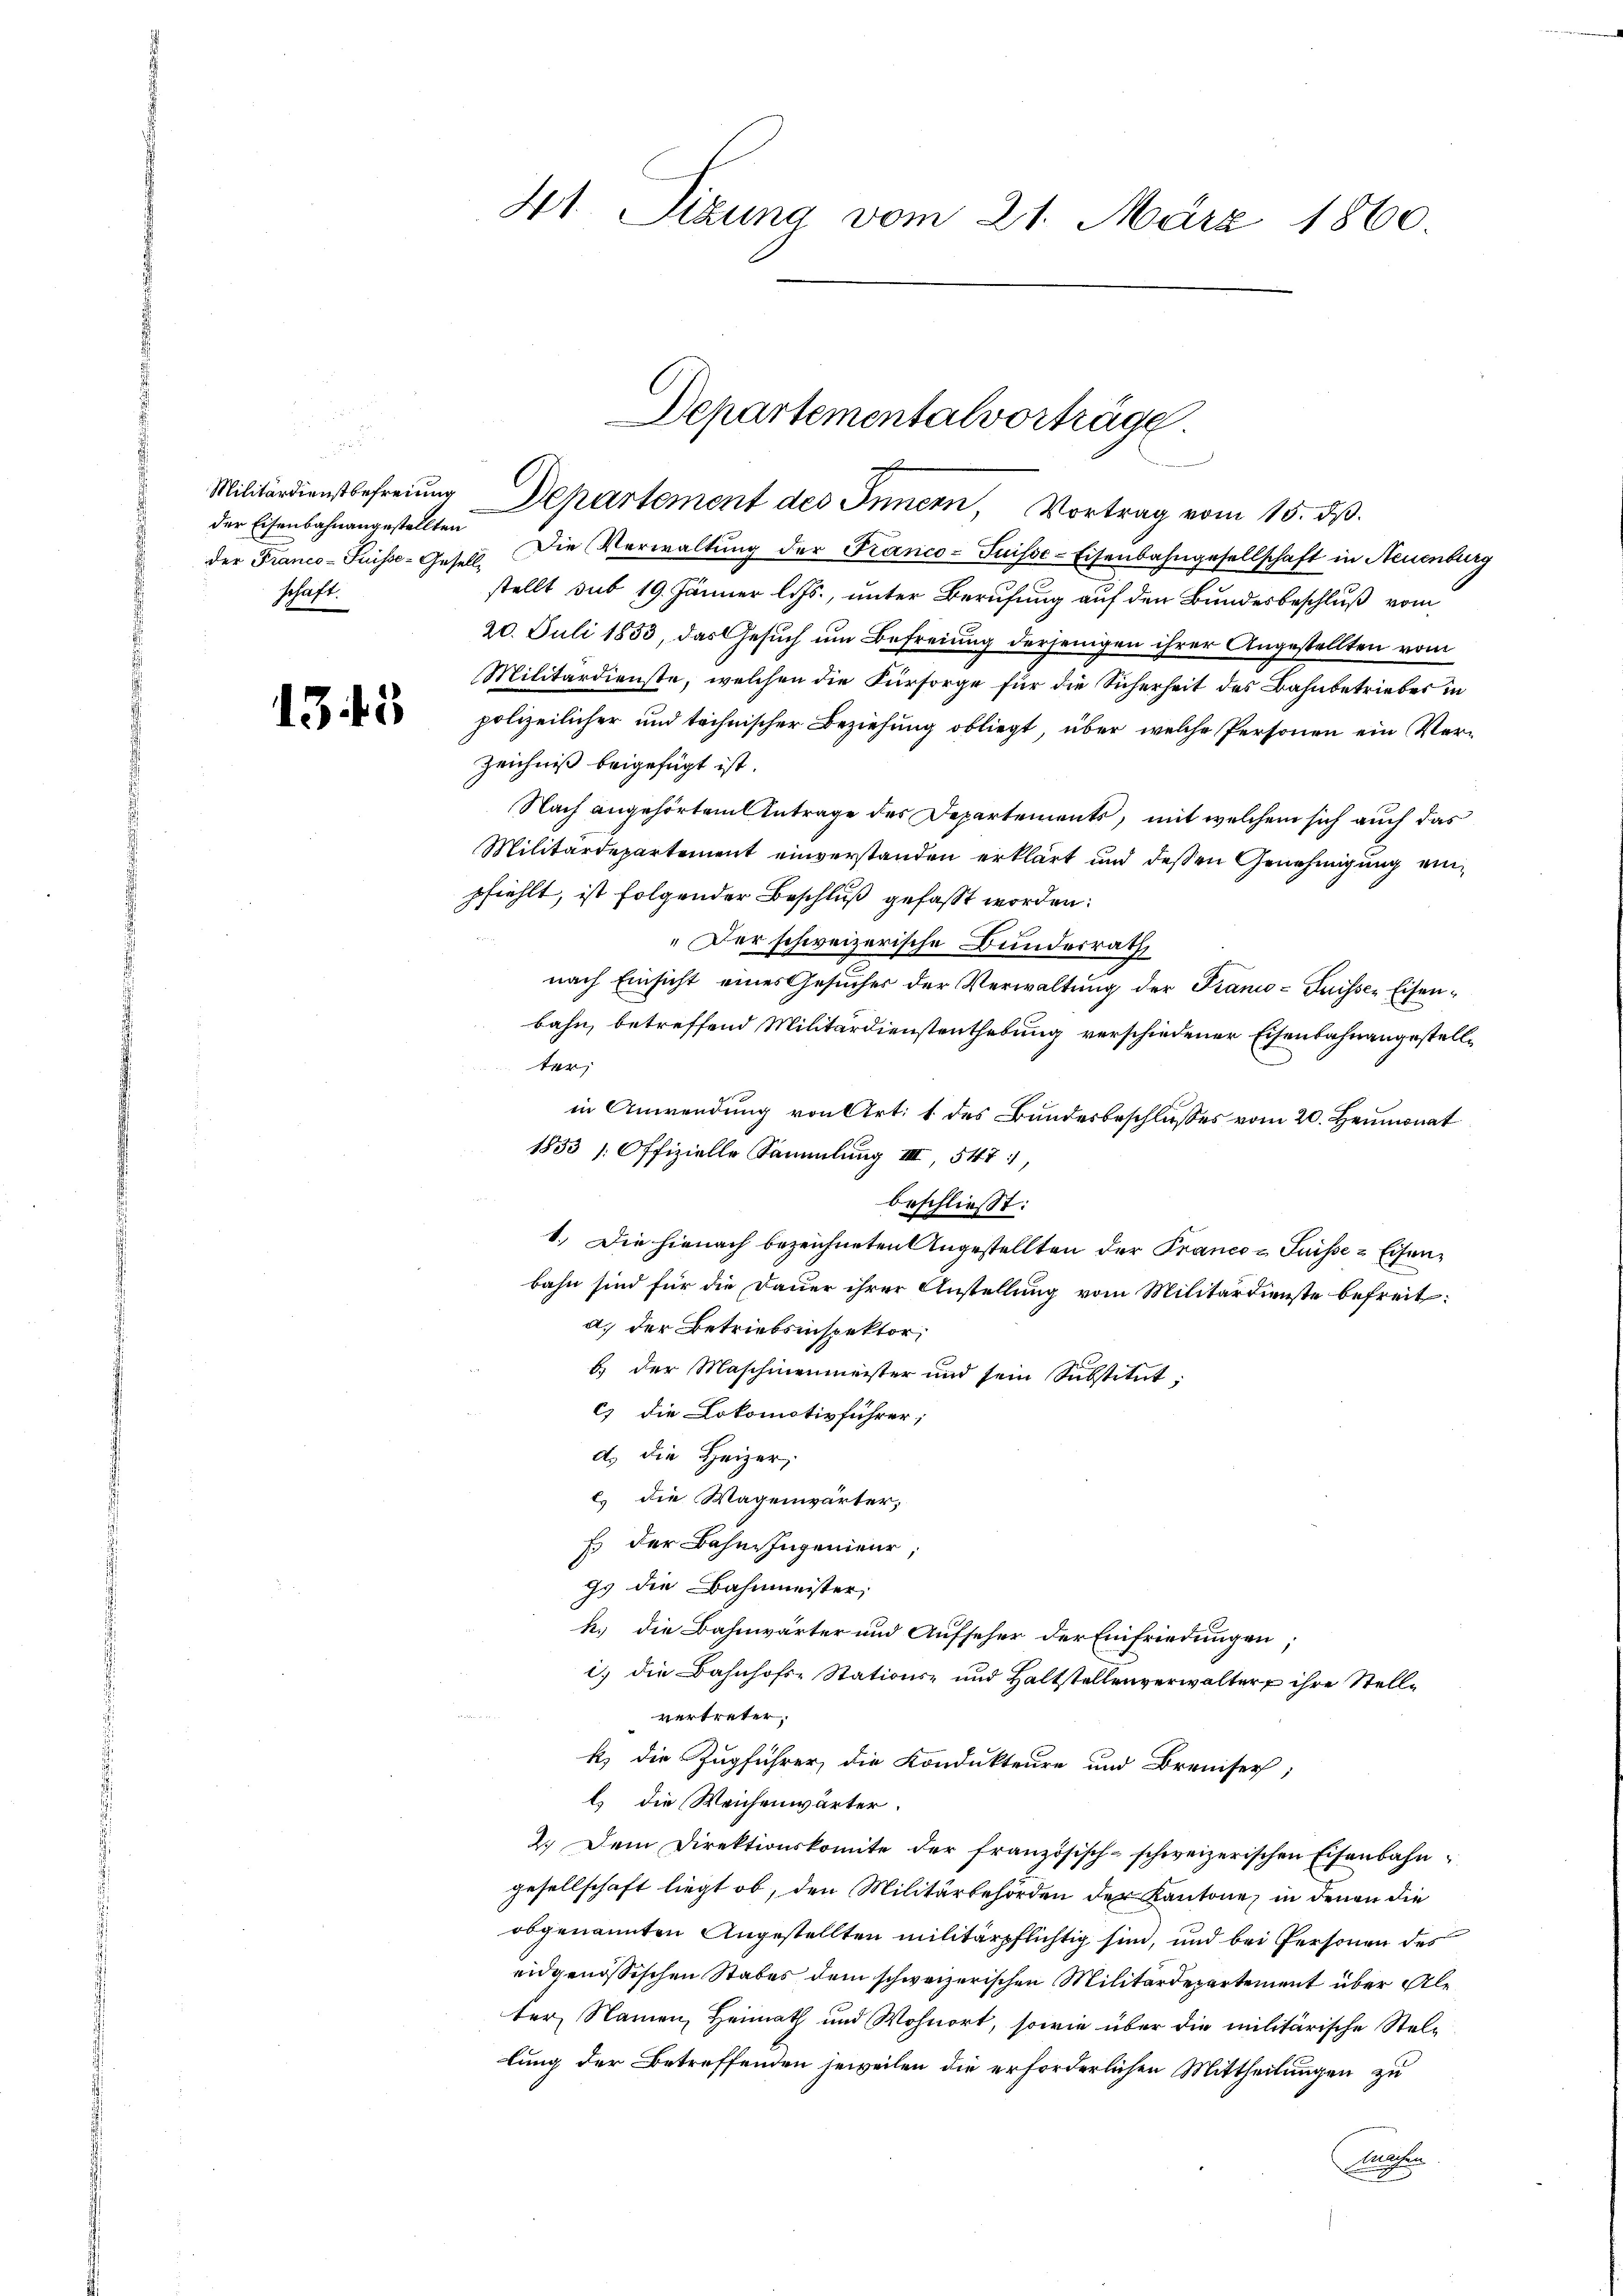
der Eisenbahnangestellten
schaft.

1343

der Franco-Puisse-Gesetzl. Die Verwaltŭng der Franco-Suisse-Eisenbahngesellschaft in Neuenburg
stellt sub 19. Jänner l. Js., unter Berufung auf den Bundesbeschluß vom
20. Juli 1853, das Gesuch um Befreiung derjenigen ihrer Angestellten vom
Militärdienste, welchen die Fürsorge für die Sicherheit des Bahnbetriebes in
polizeilicher und technischer Beziehung obliegt, über welche Personen ein Ver¬
Zeichniß beigefügt ist.
Nach angehörtem Antrage des Departements, mit welchem sich auch das
Militärdepartement einverstanden erklärt und dessen Genehmigung einpfiehlt, ist folgender Beschluß gefasst worden:
„Der schweizerische Bundesrath
nach Einsicht eines Gesuches der Verwaltung der Franco- Puisser Eisenbahn, betreffend Militärdienstenthebung verschiedener Eisenbahnangestellter;
in Anwendung von Art. 1 des Bundesbeschlusses vom 20. Heumonat
1833 (Offizielle Sammlung III, 547,
beschließt:
1.) Die hienach bezeichneten Angestellten der Franco - Puisse & Eisenbahn sind für die Dauer ihrer Anstellung vom Militärdienste befreit:
a. der Betriebsinspektor;
b. der Maschinenmeister und sein Substitut:
c) die Lokomotivführer;
d. Die Heizer
l. die Wagenwärter,
E der Bahne Jugenieur,
gs die Bahnmeister,
h. die Bahnwärter und Aufseher der Einfriedungen;
) die Bahnhofs-Stations- und Haltstellenverwalter ihre Stellvertreter,
k) die Zugführer die Kondukteure und Breniser,
l) die Weichenwärter.
2.) Dem Direktionskomite der französisch-schweizerischen Eisenbahn-
gesellschaft liegt ob, den Militärbehörden der Kantone, in denen die
obgenannten Angestellten militärpflichtig sind, und bei Personen des
eidgenössischen Stabes dem schweizerischen Militärdepartement über Aleter, Namen, Heimath und Wohnort, sowie über die militärische Stellung der Betreffenden jeweilen die erforderlichen Mittheilungen zu
Falten

41. Sizung vom 21. März 1860.

Departementalvorträge.
i
Militärdienstbefreiung Departement des Innern, Vortrag vom 15. ds.